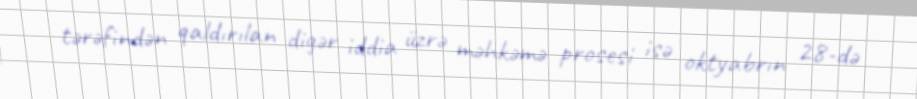
tərəfindən qaldırılan digər iddia üzrə məhkəmə prosesi isə oktyabrın 28-də